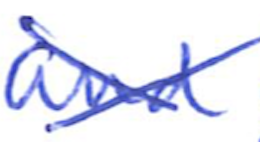
Text: and
Cross-out: mix
Writing tool: ballpoint